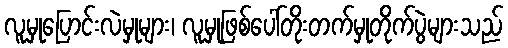
လူမှုပြောင်းလဲမှုများ၊ လူမှုဖြစ်ပေါ်တိုးတက်မှုတိုက်ပွဲများသည်